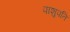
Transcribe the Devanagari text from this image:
पाशुपति